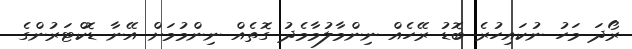
ރޯދަ މަހު ނުކައިހުރެ ބޮޑު ރޭހެއް ނިންމާލުމާމެދު ގޮތެއް ނިންމުމަށް އޭނާ ޑޮކްޓަރުންގެ